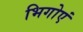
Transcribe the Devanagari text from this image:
भिगोएं